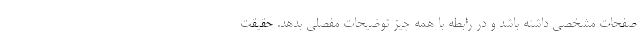
صفحات مشخصی داشته باشد و در رابطه با همه چیز توضیحات مفصلی بدهد. حقیقت